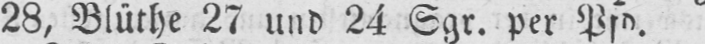
28, Blüthe 27 und 24 Sgr. per Pfd.